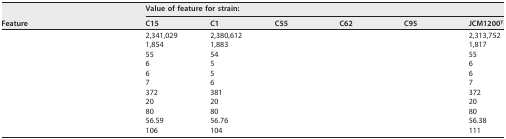
<table><thead><tr><td rowspan="2"><b>Feature</b></td><td colspan="6"><b>Value of feature for strain:</b></td></tr><tr><td><b>C15</b></td><td><b>C1</b></td><td><b>C55</b></td><td><b>C62</b></td><td><b>C95</b></td><td><b>JCM1200<sup>T</sup></b></td></tr></thead><tbody><tr><td>[EMPTY_CELL]</td><td>2,341,029</td><td>2,380,612</td><td>[EMPTY_CELL]</td><td>[EMPTY_CELL]</td><td>[EMPTY_CELL]</td><td>2,313,752</td></tr><tr><td>[EMPTY_CELL]</td><td>1,854</td><td>1,883</td><td>[EMPTY_CELL]</td><td>[EMPTY_CELL]</td><td>[EMPTY_CELL]</td><td>1,817</td></tr><tr><td>[EMPTY_CELL]</td><td>55</td><td>54</td><td>[EMPTY_CELL]</td><td>[EMPTY_CELL]</td><td>[EMPTY_CELL]</td><td>55</td></tr><tr><td>[EMPTY_CELL]</td><td>6</td><td>5</td><td>[EMPTY_CELL]</td><td>[EMPTY_CELL]</td><td>[EMPTY_CELL]</td><td>6</td></tr><tr><td>[EMPTY_CELL]</td><td>6</td><td>5</td><td>[EMPTY_CELL]</td><td>[EMPTY_CELL]</td><td>[EMPTY_CELL]</td><td>6</td></tr><tr><td>[EMPTY_CELL]</td><td>7</td><td>6</td><td>[EMPTY_CELL]</td><td>[EMPTY_CELL]</td><td>[EMPTY_CELL]</td><td>7</td></tr><tr><td>[EMPTY_CELL]</td><td>372</td><td>381</td><td>[EMPTY_CELL]</td><td>[EMPTY_CELL]</td><td>[EMPTY_CELL]</td><td>372</td></tr><tr><td>[EMPTY_CELL]</td><td>20</td><td>20</td><td>[EMPTY_CELL]</td><td>[EMPTY_CELL]</td><td>[EMPTY_CELL]</td><td>20</td></tr><tr><td>[EMPTY_CELL]</td><td>80</td><td>80</td><td>[EMPTY_CELL]</td><td>[EMPTY_CELL]</td><td>[EMPTY_CELL]</td><td>80</td></tr><tr><td>[EMPTY_CELL]</td><td>56.59</td><td>56.76</td><td>[EMPTY_CELL]</td><td>[EMPTY_CELL]</td><td>[EMPTY_CELL]</td><td>56.38</td></tr><tr><td>[EMPTY_CELL]</td><td>106</td><td>104</td><td>[EMPTY_CELL]</td><td>[EMPTY_CELL]</td><td>[EMPTY_CELL]</td><td>111</td></tr></tbody></table>